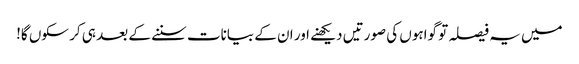
میں یہ فیصلہ تو گواہوں کی صورتیں دیکھنے اور ان کے بیانات سننے کے بعد ہی کر سکوں گا!